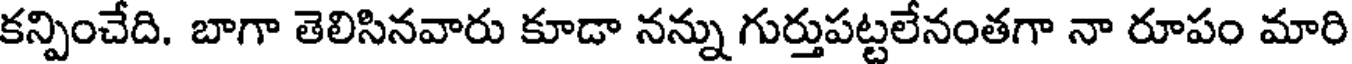
కన్పించేది. బాగా తెలిసినవారు కూడా నన్ను గుర్తుపట్టలేనంతగా నా రూపం మారి